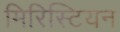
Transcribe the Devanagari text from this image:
मिरिस्टियन